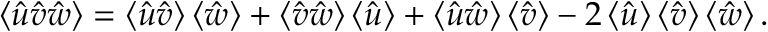
\mathinner { \langle { \hat { u } \hat { v } \hat { w } } \rangle } = \mathinner { \langle { \hat { u } \hat { v } } \rangle } \mathinner { \langle { \hat { w } } \rangle } + \mathinner { \langle { \hat { v } \hat { w } } \rangle } \mathinner { \langle { \hat { u } } \rangle } + \mathinner { \langle { \hat { u } \hat { w } } \rangle } \mathinner { \langle { \hat { v } } \rangle } - 2 \mathinner { \langle { \hat { u } } \rangle } \mathinner { \langle { \hat { v } } \rangle } \mathinner { \langle { \hat { w } } \rangle } .